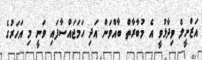
އަޒްނީލް ވިދާޅުވީ އެ މުބާރާތް ބާއްވަން އަދި ހަމަޖައްސާފައި ވަނީ މި އަހަރުގެ